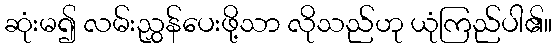
ဆုံးမ၍ လမ်းညွှန်ပေးဖို့သာ လိုသည်ဟု ယုံကြည်ပါ၏။